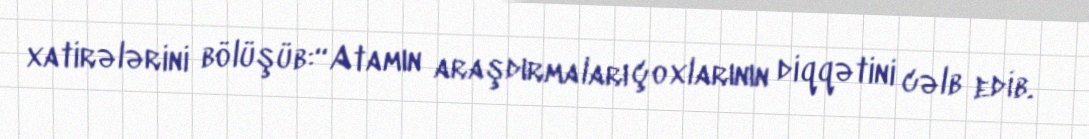
xatirələrini bölüşüb:“Atamın araşdırmaları çoxlarının diqqətini cəlb edib.